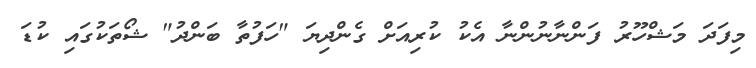
މިފަދަ މަޝްހޫރު ފަންނާނުންނާ އެކު ކުރިއަށް ގެންދިޔަ "ހަފުތާ ބަންދު" ޝޯތަކުގައި ކުޑަ